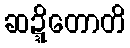
ဆဍ္ဍိတောတိ